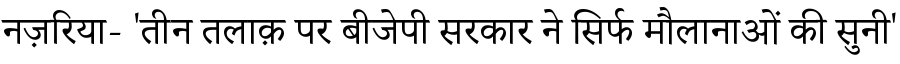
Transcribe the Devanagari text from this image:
नज़रिया- 'तीन तलाक़ पर बीजेपी सरकार ने सिर्फ मौलानाओं की सुनी'